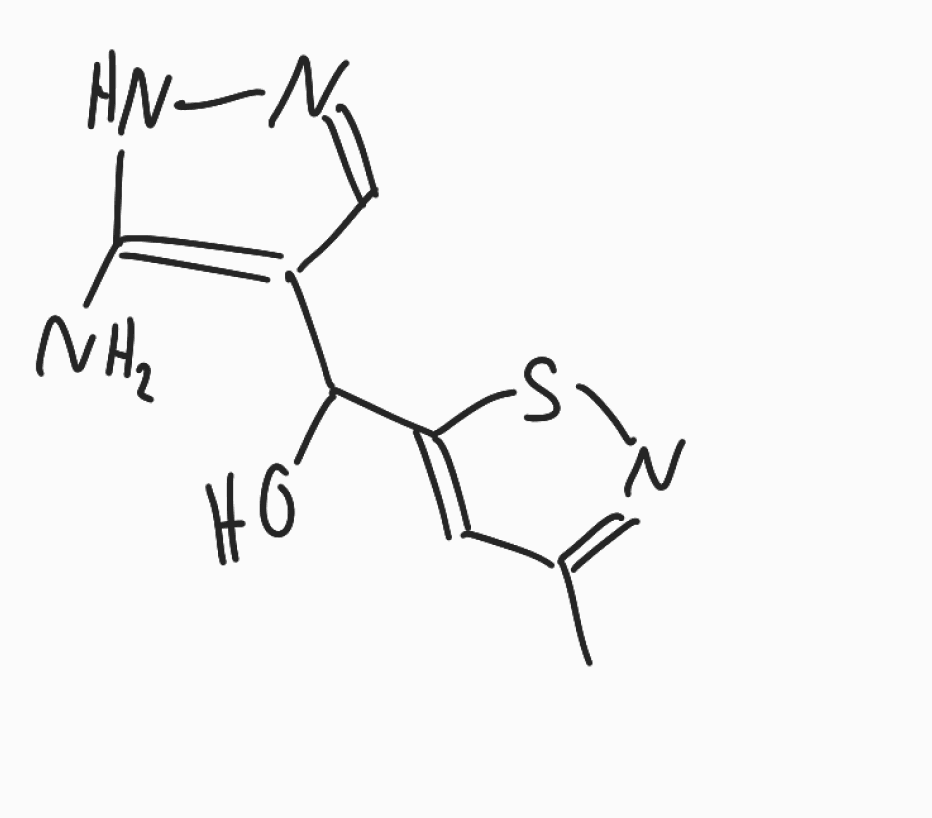
Simplified molecular-input line-entry system (SMILES) notation of the given molecule:
CC1=NSC(=C1)C(C2=C(NN=C2)N)O